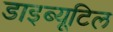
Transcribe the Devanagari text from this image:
डाइब्यूटिल